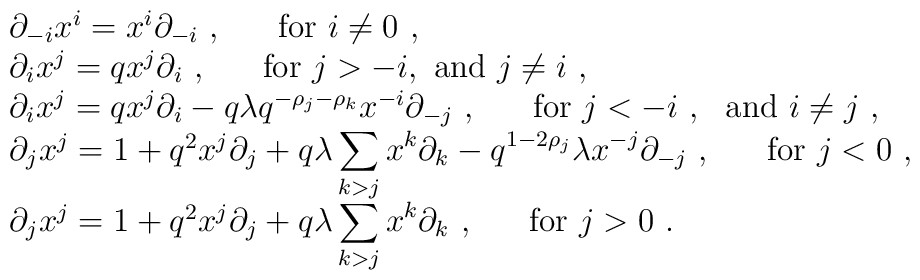
\begin{array}{l}\partial_{-i}x^i=x^i\partial_{-i}~,~~~~~{\rm for}~i\not=0~,\\\partial_ix^j=qx^j\partial_i~,~~~~~{\rm for}~j>-i,~{\rm and}~j\not=i~,\\\partial_ix^j=qx^j\partial_i-q\lambda q^{-\rho_j-\rho_k}x^{-i}\partial_{-j}~,~~~~~{\rm for}~j<-i~,~~{\rm and}~i\not=j~,\\\partial_jx^j=1+q^2x^j\partial_j+q\lambda\displaystyle\sum_{k>j}x^k\partial_k-q^{1-2\rho_j}\lambda x^{-j}\partial_{-j}~,~~~~~{\rm for}~j<0~,\\\partial_jx^j=1+q^2x^j\partial_j+q\lambda\displaystyle\sum_{k>j}x^k\partial_k~,~~~~~{\rm for}~j>0~.\end{array}